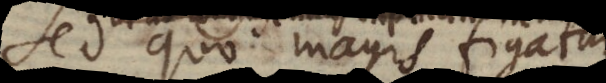
u. quo magis figatur